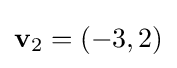
\mathbf {v} _{2}=(-3,2)